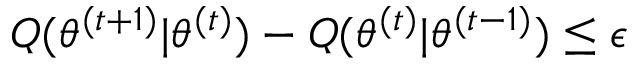
Q ( \theta ^ { ( t + 1 ) } | \theta ^ { ( t ) } ) - Q ( \theta ^ { ( t ) } | \theta ^ { ( t - 1 ) } ) \leq \epsilon